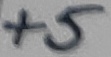
Text: +5